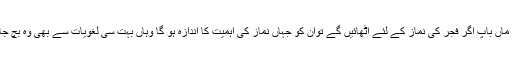
بچوں کو ماں باپ اگر فجر کی نماز کے لئے اُٹھائیں گے تواُن کو جہاں نماز کی اہمیت کا اندازہ ہو گا وہاں بہت سی لغویات سے بھی وہ بچ جائیں گے۔